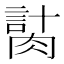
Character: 𦞍